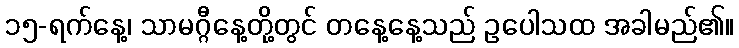
၁၅-ရက်နေ့၊ သာမဂ္ဂီနေ့တို့တွင် တနေ့နေ့သည် ဥပေါသထ အခါမည်၏။